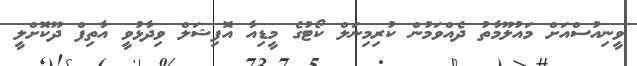
ވީނިއުސްއަށް މައުލޫމާތު ދެއްވަމުން ކުރިމިނަލް ކޯޓުގެ މީޑިއާ އޮފިޝަލް ވިދާޅުވީ އާތިފް ދޫކޮށްލީ